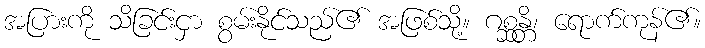
အပြားကို သိခြင်းငှာ စွမ်းနိုင်သည်၏ အဖြစ်သို့။ ဂစ္ဆန္တိ၊ ရောက်ကုန်၏။